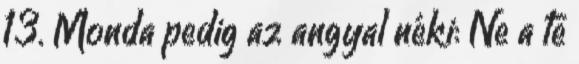
13. Monda pedig az angyal néki: Ne a te